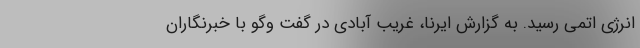
انرژی اتمی رسید. به گزارش ایرنا، غریب آبادی در گفت‌ وگو با خبرنگاران